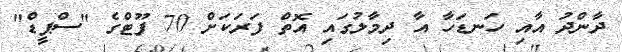
ދާންދު އާއި ހަނޑަހާ އާ ދިމާލުގައި އޮތް ފަރަަކަށް 70 ފޫޓްގެ "ސްޕީޑް"